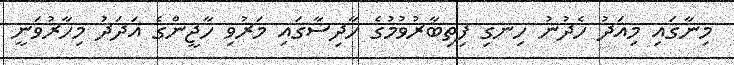
މިނާގައި މިއަދު ހެދުނު ހިނގި ފިތިބާރުވުމުގެ ހާދިސާގައި މަރުވި ހާޖީންގެ އަދަދު މިހާރުވަނީ